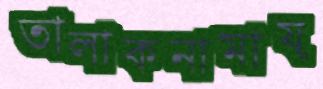
তালাকনামায়